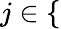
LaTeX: j\in\{